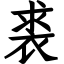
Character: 裘